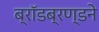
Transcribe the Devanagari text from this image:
ब्रॉडब्रण्डने